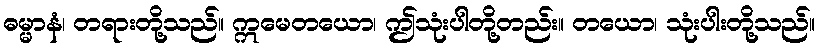
ဓမ္မာနံ၊ တရားတို့သည်။ ဣမေတယော၊ ဤသုံးပါတို့တည်း။ တယော၊ သုံးပါးတို့သည်။